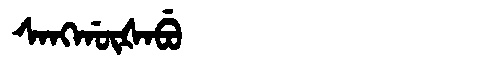
Manchu: ᠰᠠᠩᡤᡡᡧᠠᠪᡠ
Romanization: SANGGŪŠABU